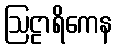
ဩဠာရိကေန